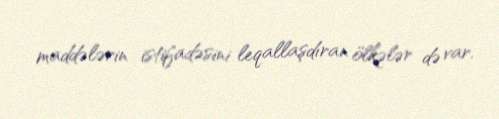
maddələrin istifadəsini leqallaşdıran ölkələr də var.